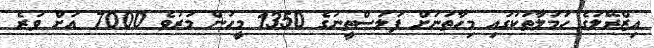
އިޒްރޭލުގެ ހަމަލާތަކުގައި މިހާތަނަށް ފަލަސްތީނުގެ 1350 މީހުން މަރުވެ 7000 އަށް ވުރެ